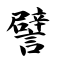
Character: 譬